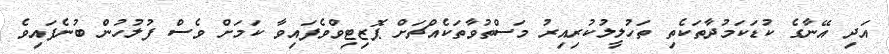
އަދި އޭނާގެ ކުޑަކަމުދާތަކެތި ތަހުލީލުކުރިއިރު މަސްތުވާތަކެއްޗަށް ޕޮޒިޓިވްވެފައިވާ ކަމަށް ވެސް ފުލުހުން ބުނެފައިވެ